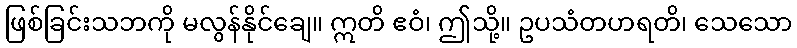
ဖြစ်ခြင်းသဘကို မလွန်နိုင်ချေ။ ဣတိ ဧဝံ၊ ဤသို့။ ဥပသံတဟရတိ၊ သေသော